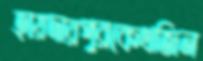
হায়দারপুরকেথজিন